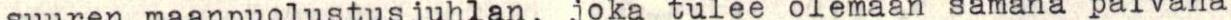
suuren maanpuolustusjuhlan, joka tulee olemaan samana päivänä